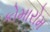
કોમારોમ